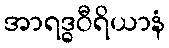
အာရဒ္ဓဝီရိယာနံ